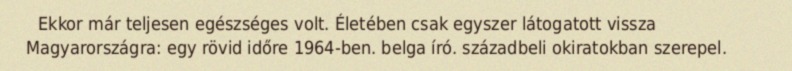
Ekkor már teljesen egészséges volt. Életében csak egyszer látogatott vissza Magyarországra: egy rövid időre 1964-ben. belga író. századbeli okiratokban szerepel.